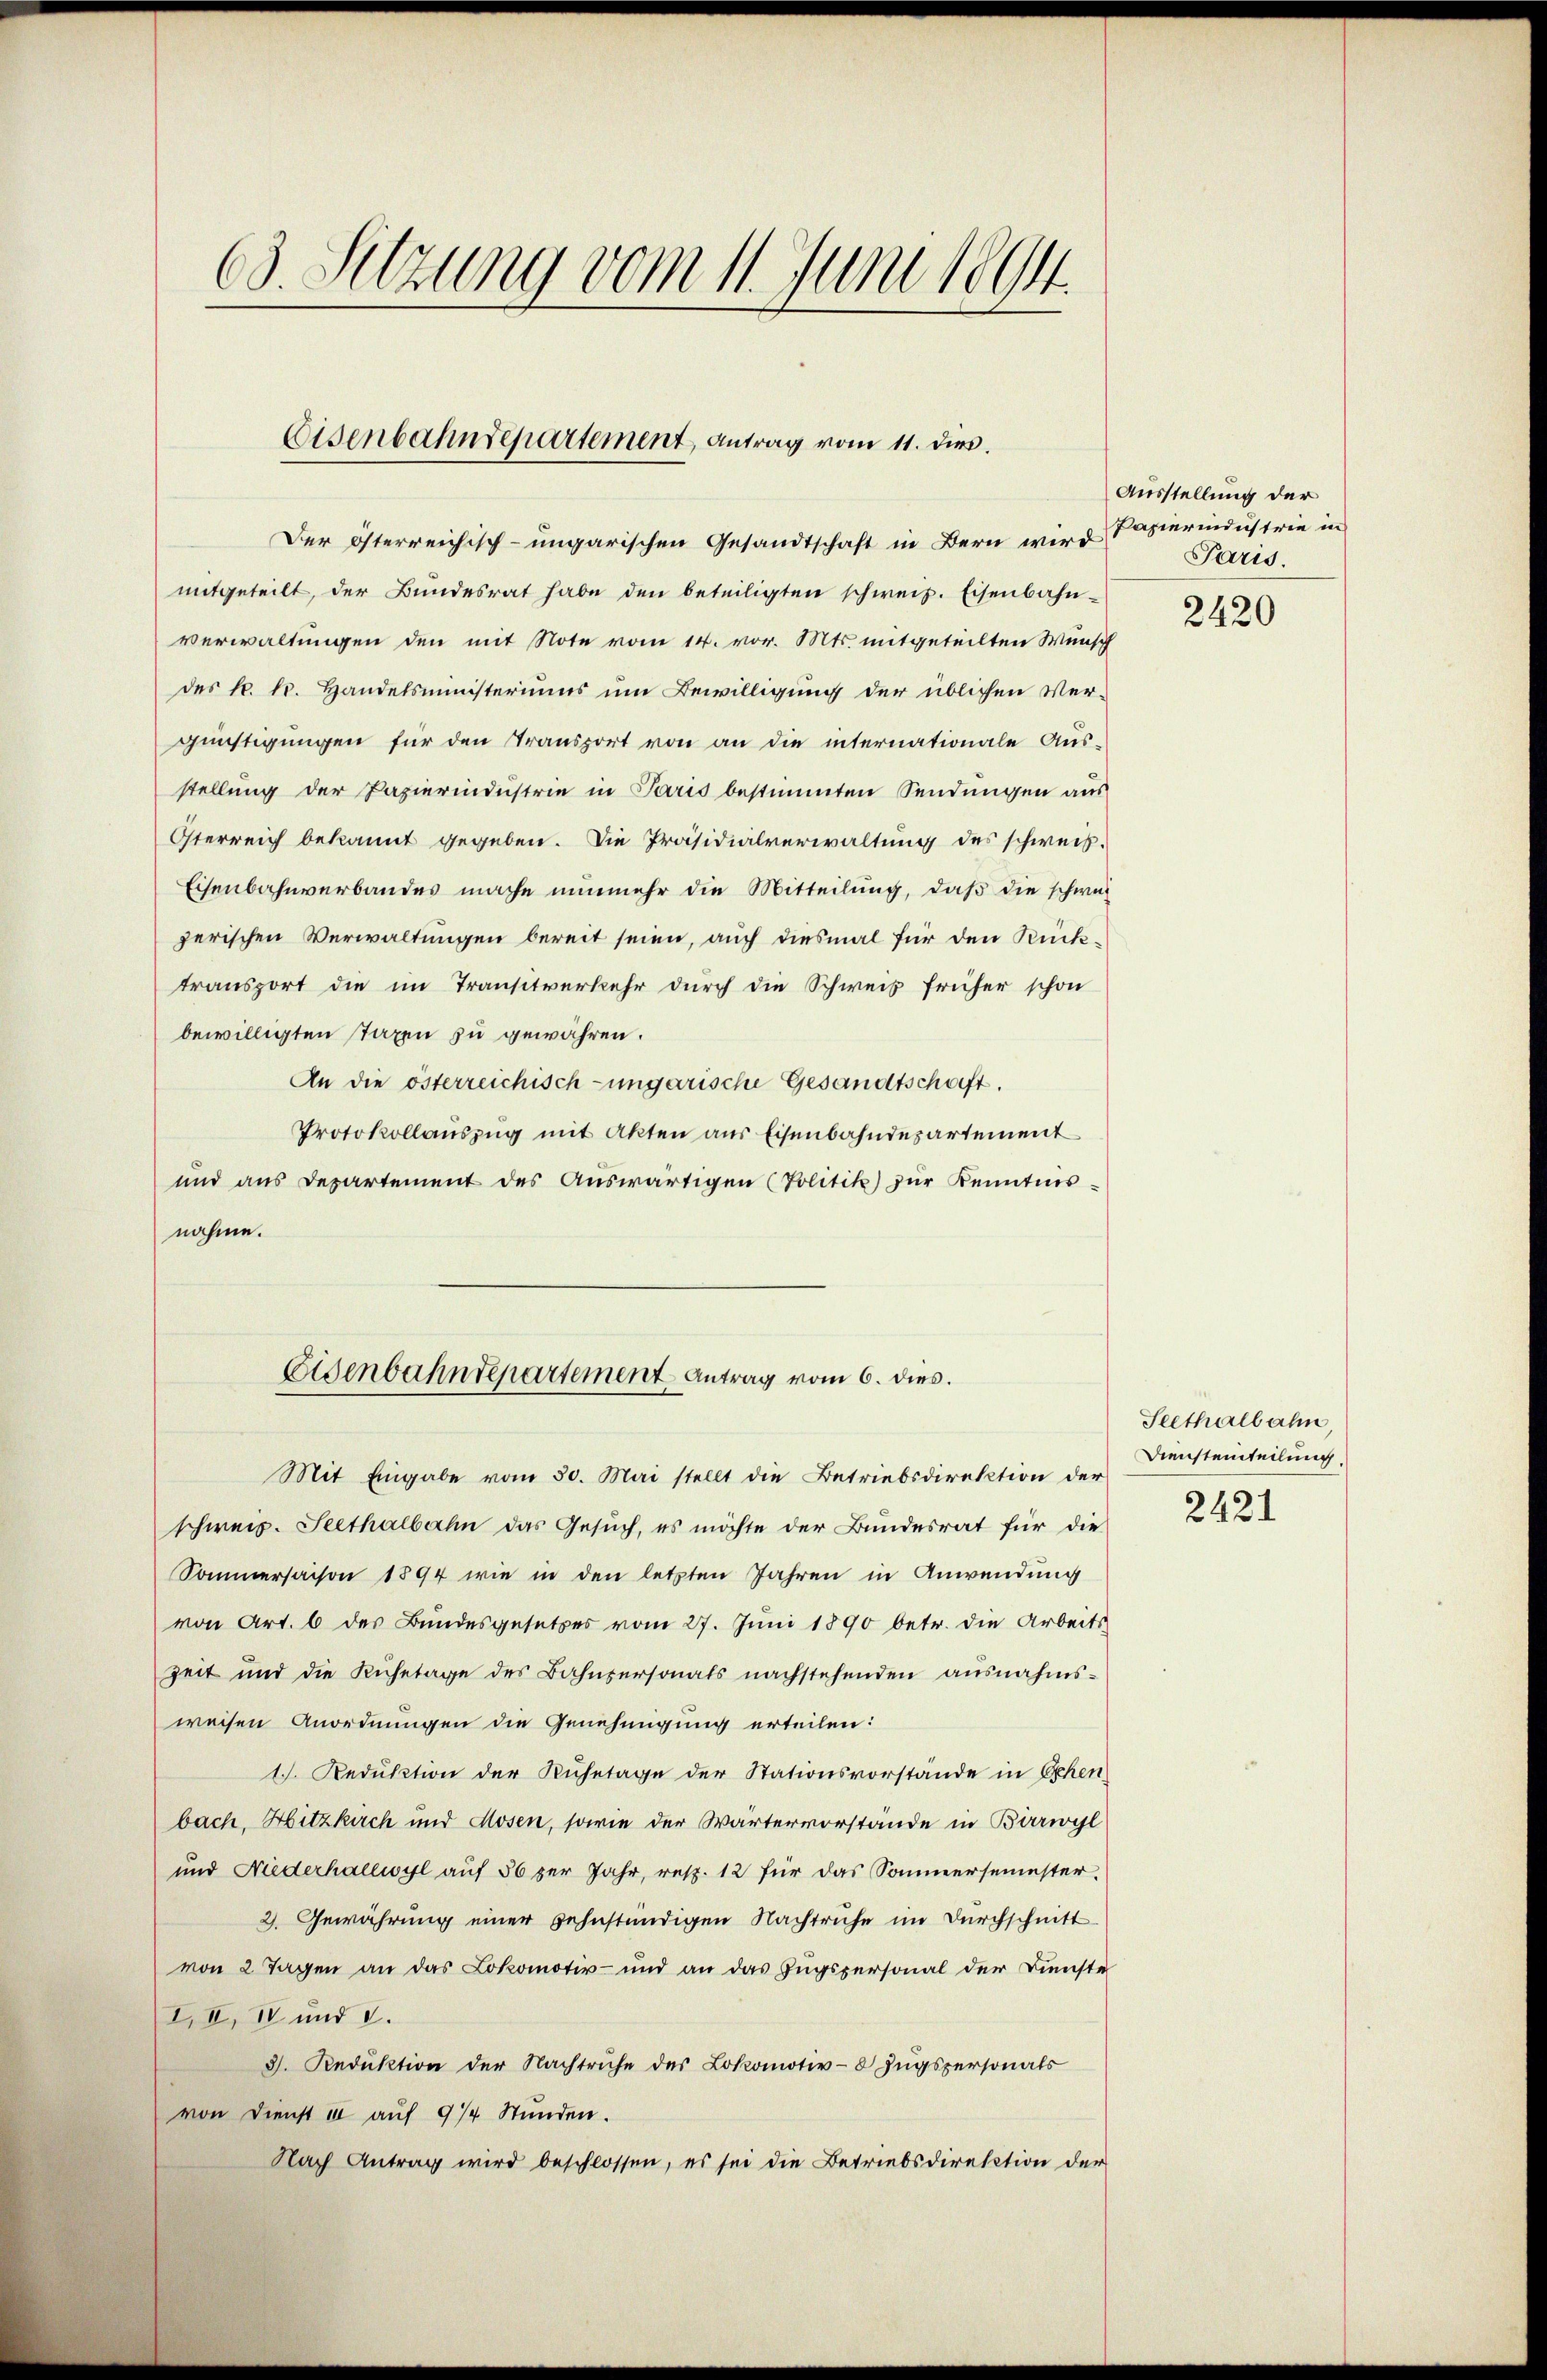
63. Setzung vom 11. Juni 1894

Eisenbahndepartement antrag vom 11. dies.

Der österreichisch-ungarischen Gesandtschaft in Bern wird Papierindustrie in
mitgeteilt, der Bundesrat habe den beteiligten schweiz. Eisenbahn-
verwaltungen den mit Note vom 14. vor. Mts. mitgeteilten Wunsch
des k. k. Handelsministeriums um Bewilligung der üblichen Ver-
günstigungen für den Transport von an die internationale Ausstellung der Papierindustrie in Paris bestimmten Sendungen aus
Österreich bekannt gegeben. Die Präsidialverwaltung des schweis¬
Eisenbahnverbandes mache nunmehr die Mitteilung, daß die schwezerischen Verwaltungen bereit seien, auch diesmal für den Rücktransport die im Transitverkehr durch die Schweis früher schon
bewilligten Taxen zu gewähren.
An die österreichisch-ungarische Gesandtschaft.
Protokollauszug mit Akten aus Eisenbahndepartement
und aus Departement des Auswärtigen (Politik) zur Kenntnisnahme.
Eisenbahndepartement Antrag vom 6. dies.
Mit Eingabe vom 30. Mai stellt die Betriebsdirektion der
schweiz. Seethalbahn das Gesuch, es möchte der Bundesrat für die
Sommersaison 1894 wie in den letzten Jahren in Anwendung
von Art. 6 des Bundesgesetzes vom 27. Jŭni 1890 betr. die Arbeits
Zeit und die Ruhetage des Bahnpersonats nachstehenden ausnahmsweisen Anordnungen die Genehmigung erteilen:
1. Reduktion der Ruhetage der Stationsvorstände in Ehen
bach, Hitzkirch und Hosen, sowie der Wärtervorstände in Birrwyl
und Niederhallwyl auf 56 per Jahr, resp. 12 für das Sommersemester
2. Gewährung einer gehnständigen Nachtruhe im Durchschnitt
von 2 Tagen an das Lokomotiv- und an das Zugspersonal der Dienste
I, II, IV und d.
3. Reduktion der Nachtruhe des Lokomotiv-8 Zugspersonals
von Dienst u aŭf 9/4 Stŭnden.
Nach Antrag wird beschlossen, es sei die Betriebsdirektion der

Ausstellung der
Paris.

2420

Seethalbahn,
Diensteinteilung.
2421